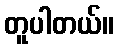
တူပါတယ်။